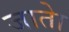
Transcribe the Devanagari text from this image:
जाताे